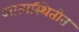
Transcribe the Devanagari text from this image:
आत्मस्थितीत